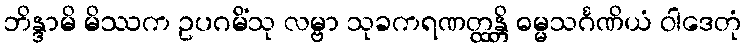
ဘိန္ဒာမိ မိဿက ဥပဂမိံသု လမ္ဗာ သုခကရဏတ္ထန္တိ ဓမ္မသင်္ဂဏိယံ ဝါဒေတုံ